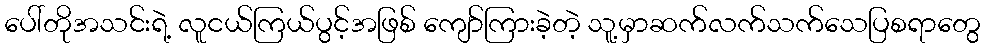
ပေါ်တိုအသင်းရဲ့ လူငယ်ကြယ်ပွင့်အဖြစ် ကျော်ကြားခဲ့တဲ့ သူ့မှာဆက်လက်သက်သေပြစရာတွေ